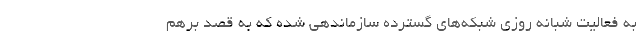
به فعالیت شبانه روزی شبکه‌های گسترده سازماندهی شده که به قصد برهم